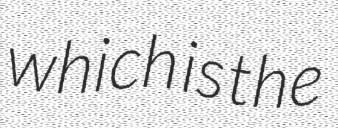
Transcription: which is the